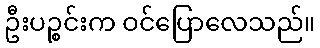
ဦးပဉ္စင်းက ဝင်ပြောလေသည်။